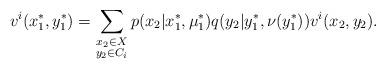
LaTeX: \begin{align*}v^i(x_1^\ast,y_1^\ast) &= \sum\limits_{\substack{x_2\in X\\ y_2\in C_i}} p(x_2|x_1^\ast,\mu_1^\ast) q(y_2|y_1^\ast,\nu(y_1^\ast))v^i(x_2,y_2).\end{align*}